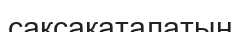
сақсақаталатын